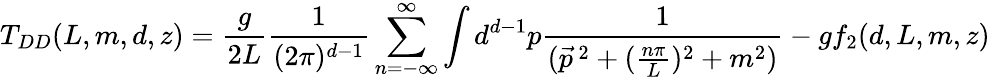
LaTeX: T_{DD}(L,m,d,z)=\frac{g}{2L}\frac{1}{(2\pi)^{d-1}}\sum_{n=-\infty}^{\infty}\int d^{d-1}p\frac{1}{(\vec{p}^{\, 2}+(\frac{n\pi}{L})^{2}+m^{2})}-gf_{2}(d,L,m,z)